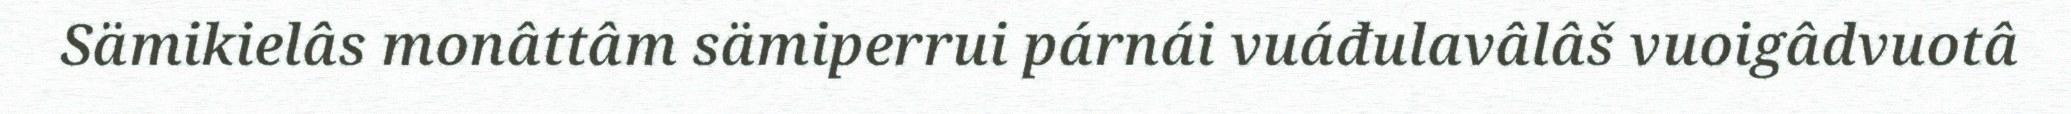
Sämikielâs monâttâm sämiperrui párnái vuáđulavâlâš vuoigâdvuotâ